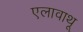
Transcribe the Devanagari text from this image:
एलावाथू